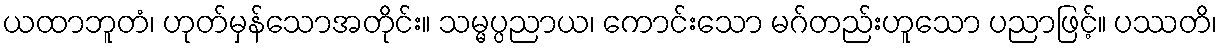
ယထာဘူတံ၊ ဟုတ်မှန်သောအတိုင်း။ သမ္မပ္ပညာယ၊ ကောင်းသော မဂ်တည်းဟူသော ပညာဖြင့်။ ပဿတိ၊